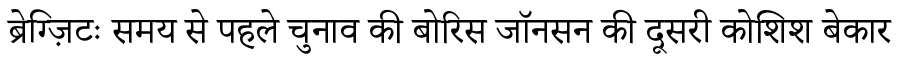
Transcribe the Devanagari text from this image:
ब्रेग्ज़िटः समय से पहले चुनाव की बोरिस जॉनसन की दूसरी कोशिश बेकार